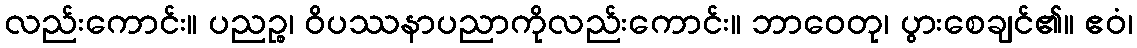
လည်းကောင်း။ ပညဉ္စ၊ ဝိပဿနာပညာကိုလည်းကောင်း။ ဘာဝေတု၊ ပွားစေချင်၏။ ဧဝံ၊